Vaccination in Bombay 1874-1876 - 1874-1876
Year: 1874
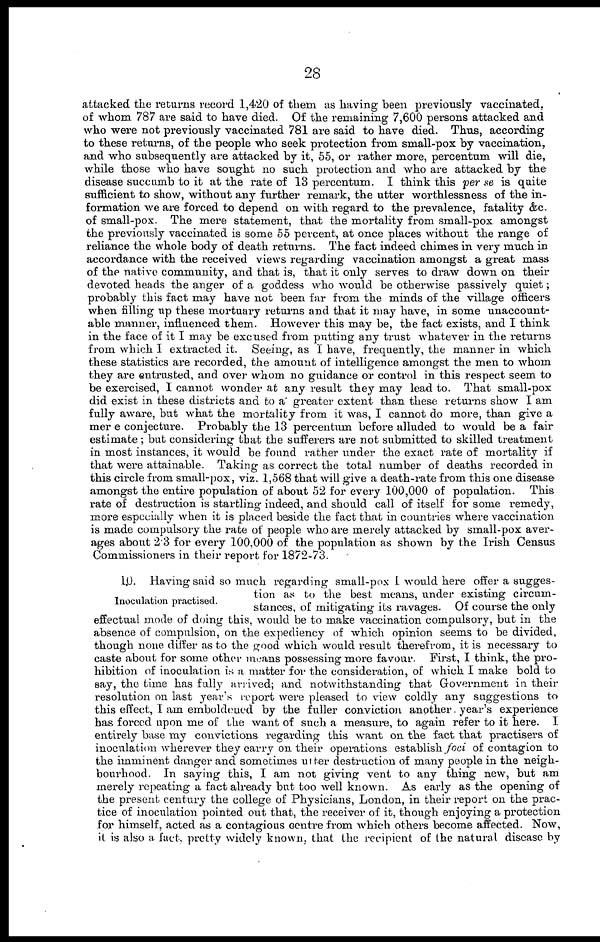
28
attacked the returns record 1,420 of them as having been previously vaccinated,
of whom 787 are said to have died. Of the remaining 7,600 persons attacked and
who were not previously vaccinated 781 are said to have died. Thus, according
to these returns, of the people who seek protection from small-pox by vaccination,
and who subsequently are attacked by it, 55, or rather more, percentum will die,
while those who have sought no such protection and who are attacked by the
disease succumb to it at the rate of 13 percentum. I think this per se is quite
sufficient to show, without any further remark, the utter worthlessness of the in-
formation we are forced to depend on with regard to the prevalence, fatality &c.
of small-pox. The mere statement, that the mortality from small-pox amongst
the previously vaccinated is some 55 percent, at once places without the range of
reliance the whole body of death returns. The fact indeed chimes in very much in
accordance with the received views regarding vaccination amongst a great mass
of the native community, and that is, that it only serves to draw down on their
devoted heads the anger of a goddess who would be otherwise passively quiet;
probably this fact may have not been far from the minds of the village officers
when filling up these mortuary returns and that it may have, in some unaccount-
able manner, influenced them. However this may be, the fact exists, and I think
in the face of it I may be excused from putting any trust whatever in the returns
from which I extracted it. Seeing, as I have, frequently, the manner in which
these statistics are recorded, the amount of intelligence amongst the men to whom
they are entrusted, and over whom no guidance or control in this respect seem to
be exercised, I cannot wonder at any result they may lead to. That small-pox
did exist in these districts and to a' greater extent than these returns show I am
fully aware, but what the mortality from it was, I cannot do more, than give a
mer e conjecture. Probably the 13 percentum before alluded to would be a fair
estimate; but considering that the sufferers are not submitted to skilled treatment
in most instances, it would be found rather under the exact rate of mortality if
that were attainable. Taking as correct the total number of deaths recorded in
this circle from small-pox, viz. 1,568 that will give a death-rate from this one disease
amongst the entire population of about 52 for every 100,000 of population. This
rate of destruction is startling indeed, and should call of itself for some remedy,
more especially when it is placed beside the fact that in countries where vaccination
is made compulsory the rate of people who are merely attacked by small-pox aver-
ages about 2.3 for every 100,000 of the population as shown by the Irish Census
Commissioners in their report for 1872-73.
Inoculation practised.
10. Having said so much regarding small-pox I would here offer a sugges-
tion as to the best means, under existing circum-
stances, of mitigating its ravages. Of course the only
effectual mode of doing this, would be to make vaccination compulsory, but in the
absence of compulsion, on the expediency of which opinion seems to be divided,
though none differ as to the good which would result therefrom, it is necessary to
caste about for some other means possessing more favour. First, I think, the pro-
hibition of inoculation is a matter for the consideration, of which I make bold to
say, the time has fully arrived; and notwithstanding that Government in their
resolution on last year's report were pleased to view coldly any suggestions to
this effect, I am emboldened by the fuller conviction another. year's experience
has forced upon me of the want of such a measure, to again refer to it here. I
entirely base my convictions regarding this want on the fact that practisers of
inoculation wherever they carry on. their operations establish foci of contagion to
the imminent danger and sometimes utter destruction of many people in the neigh-
bourhood. In saying this, I am not giving vent to any thing new, but am
merely repeating a fact already but too well known. As early as the opening of
the present century the college of Physicians, London, in their report on the prac-
tice of inoculation pointed out that, the receiver of it, though enjoying a protection
for himself, acted as a contagious centre from which others become affected. Now,
it is also a fact, pretty widely known, that the recipient of the natural disease by